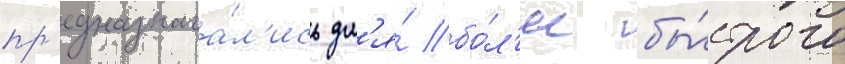
пр'едназнача́л'ись дл'я́ бо́л'ее бы́строго